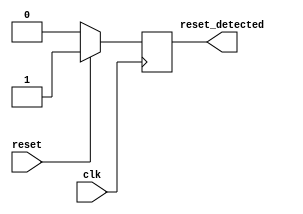
module synchronous_reset_detector (
    input wire clk,          // System clock signal
    input wire reset,        // Active high reset signal
    output reg reset_detected // Output indicating reset condition
);

// Synchronous reset detection logic
always @(posedge clk) begin
    if (reset) begin
        reset_detected <= 1'b1; // Assert reset_detected if reset is high
    end else begin
        reset_detected <= 1'b0; // Deassert reset_detected if reset is low
    end
end

endmodule